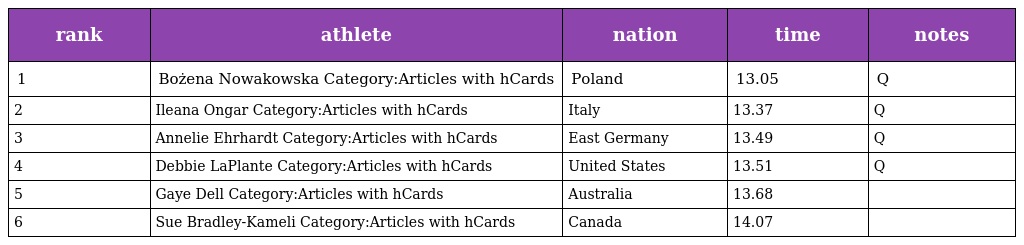
| rank | athlete | nation | time | notes |
 | --- | --- | --- | --- | --- |
 | 1 | Bożena Nowakowska Category:Articles with hCards | Poland | 13.05 | Q |
 | 2 | Ileana Ongar Category:Articles with hCards | Italy | 13.37 | Q |
 | 3 | Annelie Ehrhardt Category:Articles with hCards | East Germany | 13.49 | Q |
 | 4 | Debbie LaPlante Category:Articles with hCards | United States | 13.51 | Q |
 | 5 | Gaye Dell Category:Articles with hCards | Australia | 13.68 |  |
 | 6 | Sue Bradley-Kameli Category:Articles with hCards | Canada | 14.07 |  |